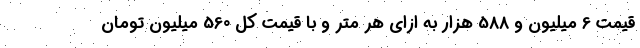
قیمت 6 میلیون و 588 هزار به ازای هر متر و با قیمت کل 560 میلیون تومان